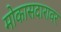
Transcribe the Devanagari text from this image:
मोकासदारावर